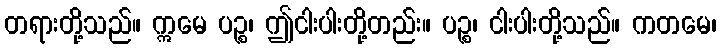
တရားတို့သည်။ ဣမေ ပဉ္စ၊ ဤငါးပါးတို့တည်း။ ပဉ္စ၊ ငါးပါးတို့သည်။ ကတမေ၊